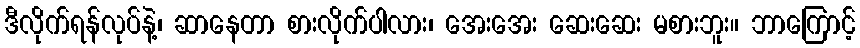
ဒီလိုက်ရန်လုပ်နဲ့၊ ဆာနေတာ စားလိုက်ပါလား၊ အေးအေး ဆေးဆေး မစားဘူး။ ဘာကြောင့်